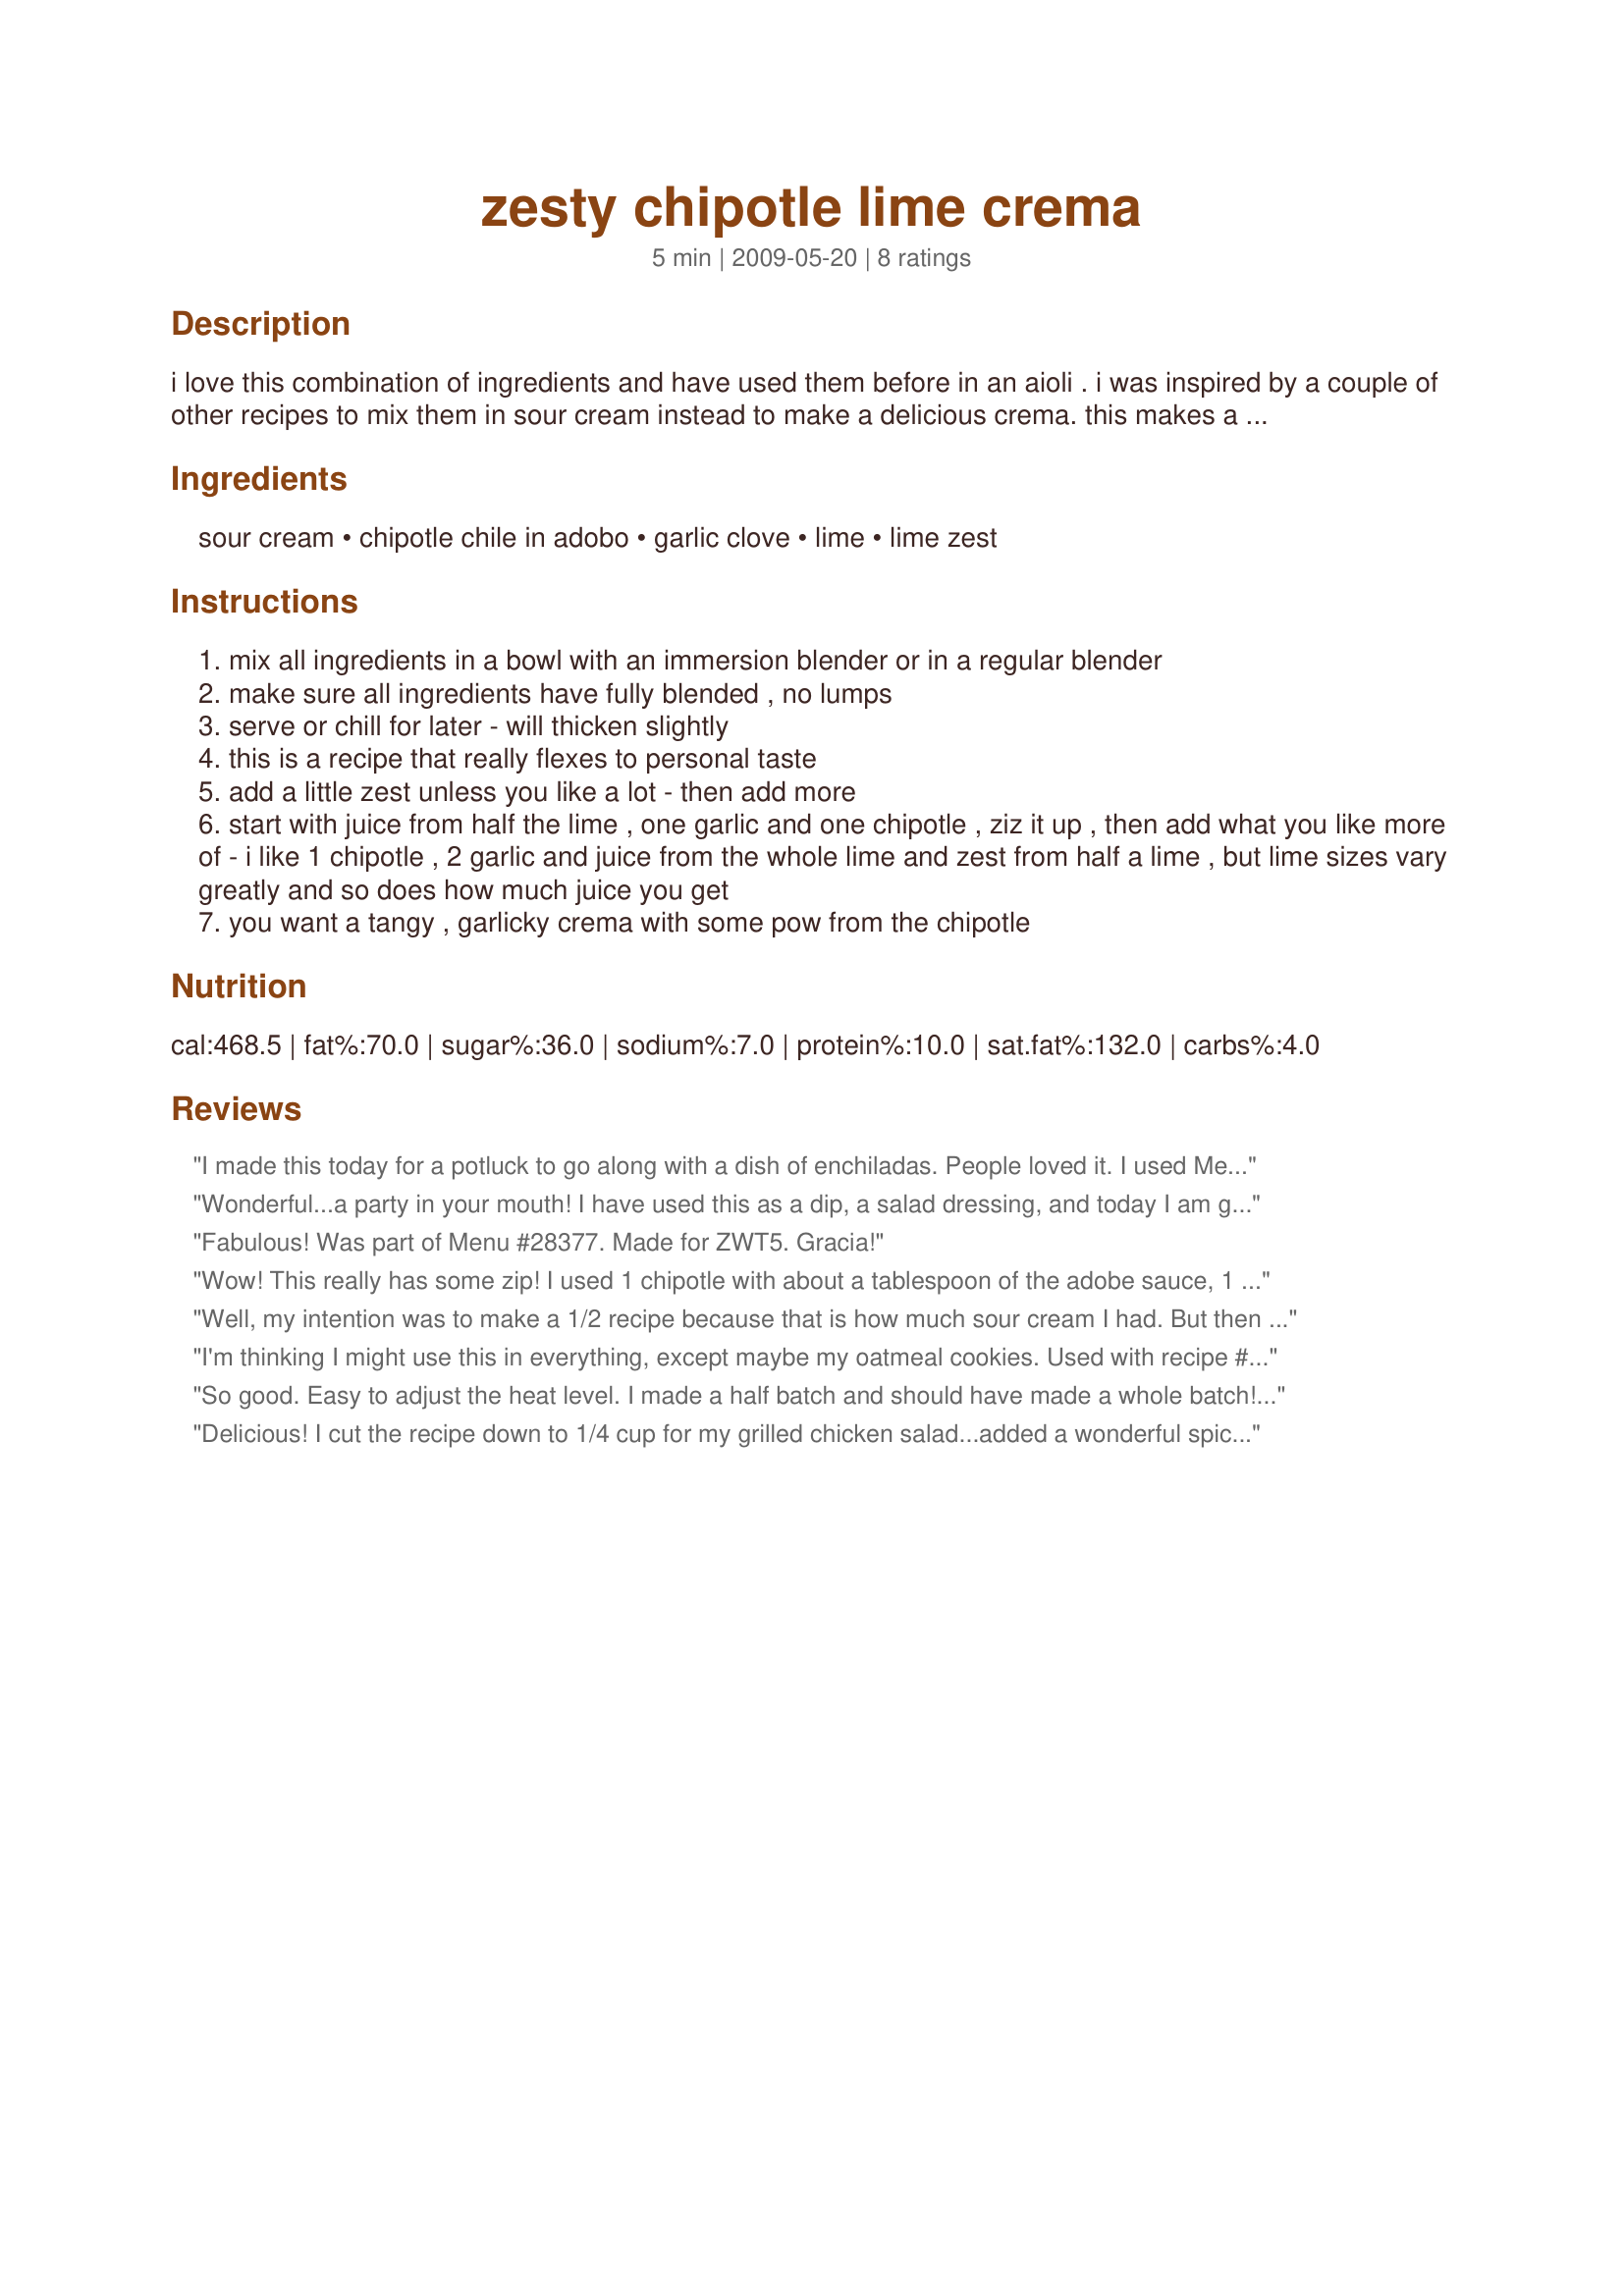
zesty chipotle lime crema
Preparation time: 5 minutes

i love this combination of ingredients and have used them before in an aioli . i was inspired by a couple of other recipes to mix them in sour cream instead to make a delicious crema. this makes a delicious topping for tacos, enchilada's or anything else you want to add some pizzaz to! one chipotle is plenty spicy for us, add more to your personal taste.

Ingredients:
sour cream, chipotle chile in adobo, garlic clove, lime, lime zest

Steps:
mix all ingredients in a bowl with an immersion blender or in a regular blender
make sure all ingredients have fully blended , no lumps
serve or chill for later - will thicken slightly
this is a recipe that really flexes to personal taste
add a little zest unless you like a lot - then add more
start with juice from half the lime , one garlic and one chipotle , ziz it up , then add what you like more of - i like 1 chipotle , 2 garlic and juice from the whole lime and zest from half a lime , but lime sizes vary greatly and so does how much juice you get
you want a tangy , garlicky crema with some pow from the chipotle

Reviews:
I made this today for a potluck to go along with a dish of enchiladas. People loved it. I used Mexican crema instead of sour cream, as I can get it easily. It went on the enchiladas but also with tortilla chips and cut-up veggies. Easy way to provide a nicely spicy accompaniment.
Wonderful...a party in your mouth! I have used this as a dip, a salad dressing, and today I am going to sub it for mayo in deviled egg filling. So versatile, and sooo easy!
Fabulous! Was part of Menu #28377. Made for ZWT5. Gracia!
Wow! This really has some zip! I used 1 chipotle with about a tablespoon of the adobe sauce, 1 garlic clove and the juice of the whole lime. Served with some salsa and chips. Very easy to put together.
Well, my intention was to make a 1/2 recipe because that is how much sour cream I had. But then I forgot. It&#039;s so soupy! So, we spooned it onto our hamburger buns &amp; ate quickly, lol. Delicious! I&#039;ll just get more sour cream &amp; adjust it all. LOL. Made for CQ &#039;15.
I'm thinking I might use this in everything, except maybe my oatmeal cookies. Used with recipe #25999 and made for PRMR.
So good. Easy to adjust the heat level. I made a half batch and should have made a whole batch! Thanks for posting. This will be a new staple in my house. Thanks for posting. Made for Culinary Quest 2015.
Delicious! I cut the recipe down to 1/4 cup for my grilled chicken salad...added a wonderful spicy flavor...this is a keeper...thanks for posting...:)
